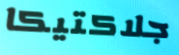
جلاكتيكا